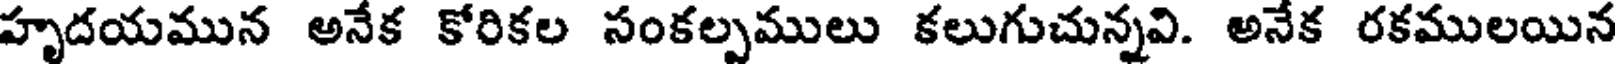
హృదయమున అనేక కోరికల సంకల్పములు కలుగుచున్నవి. అనేక రకములయిన